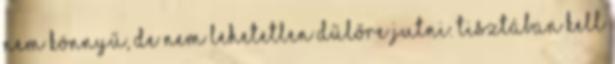
nem könnyű, de nem lehetetlen dűlőre jutni. Tisztában kell